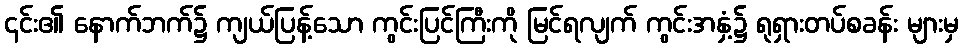
၎င်း၏ နောက်ဘက်၌ ကျယ်ပြန့်သော ကွင်းပြင်ကြီးကို မြင်ရလျက် ကွင်းအနှံ့၌ ရုရှားတပ်စခန်း များမှ